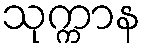
သုက္ကာန